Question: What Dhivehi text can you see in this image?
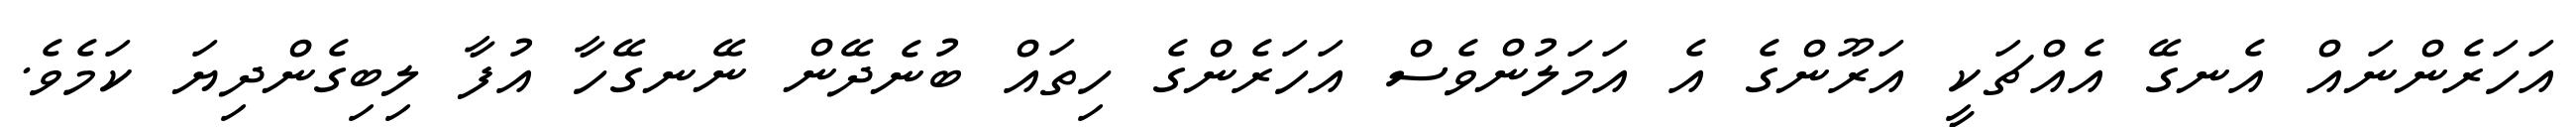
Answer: އަހަރެންނައް އެނގޭ އެއްޗަކީ އަރޫންގެ އެ އަމަލުންވެސް އަހަރެންގެ ހިތައް ބުނެދޭން ނޭނގޭހާ އުފާ ލިބިގެންދިޔަ ކަމެވެ.